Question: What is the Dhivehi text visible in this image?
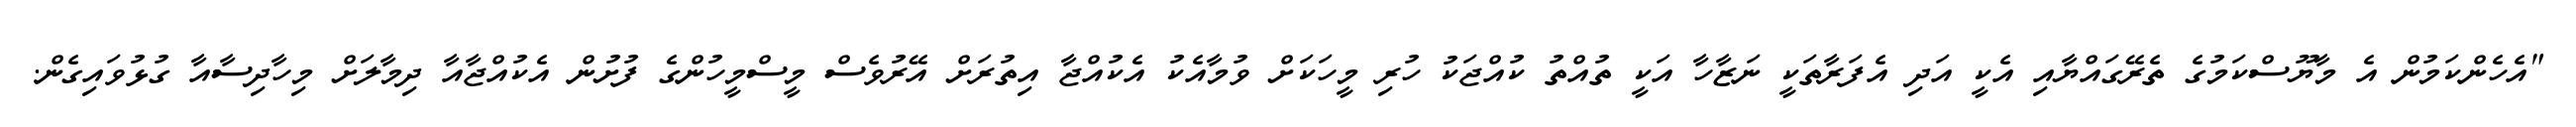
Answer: "އެހެންކަމުން އެ މާޔޫސްކަމުގެ ތެރޭގައްޔާއި އެކީ އަދި އެފަރާތަކީ ނަޒާހާ އަކީ ތުއްތު ކުއްޖަކު ހުރި މީހަކަށް ވުމާއެކު އެކުއްޖާ އިތުރަށް އޭރުވެސް މީސްމީހުންގެ ފުށުން އެކުއްޖާއާ ދިމާލަށް މިހާދިސާއާ ގުޅުވައިގެން.